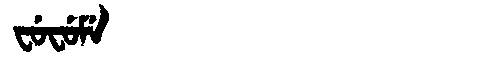
Manchu: ᠸᡠᠸᡠᠮᡝ
Romanization: FUFUME